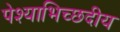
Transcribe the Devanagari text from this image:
पेश्याभिच्छदीय